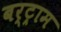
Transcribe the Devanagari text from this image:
बर्ट्राम